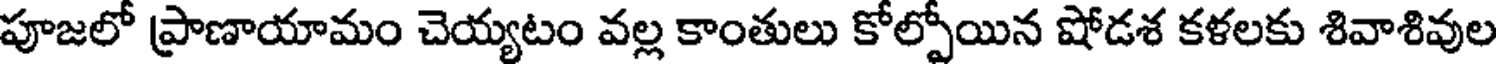
పూజలో ప్రాణాయామం చెయ్యటం వల్ల కాంతులు కోల్పోయిన షోడశ కళలకు శివాశివుల